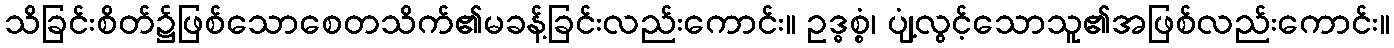
သိခြင်းစိတ်၌ဖြစ်သောစေတသိက်၏မခန့်ခြင်းလည်းကောင်း။ ဥဒ္ဓစ္စံ၊ ပျံ့လွင့်သောသူ၏အဖြစ်လည်းကောင်း။